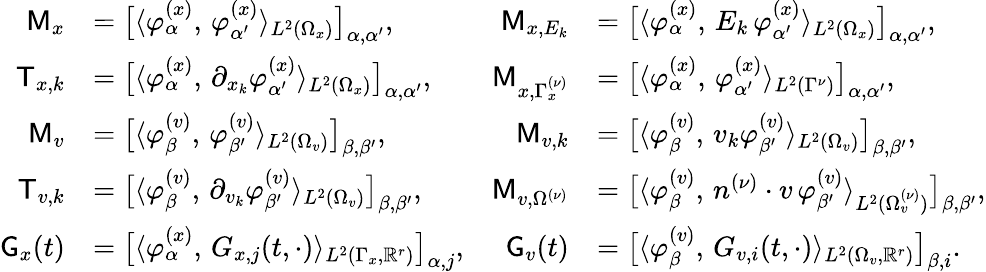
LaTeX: \begin{array}{rlrl}{\mathsf M_{x}}&{=\big[\langle\varphi_{\alpha}^{(x)},\, \varphi_{\alpha^{\prime}}^{(x)}\rangle_{L^{2}(\Omega_{x})}\big]_{\alpha,\alpha^{\prime}},}&{\mathsf M_{x,E_{k}}}&{=\big[\langle\varphi_{\alpha}^{(x)},\, E_{k}\, \varphi_{\alpha^{\prime}}^{(x)}\rangle_{L^{2}(\Omega_{x})}\big]_{\alpha,\alpha^{\prime}},}\\ {\mathsf T_{x,k}}&{=\big[\langle\varphi_{\alpha}^{(x)},\, \partial_{x_{k}}\varphi_{\alpha^{\prime}}^{(x)}\rangle_{L^{2}(\Omega_{x})}\big]_{\alpha,\alpha^{\prime}},}&{\mathsf M_{x,\Gamma_{x}^{(\nu)}}}&{=\big[\langle\varphi_{\alpha}^{(x)},\, \varphi_{\alpha^{\prime}}^{(x)}\rangle_{L^{2}(\Gamma^{\nu})}\big]_{\alpha,\alpha^{\prime}},}\\ {\mathsf M_{v}}&{=\big[\langle\varphi_{\beta}^{(v)},\, \varphi_{\beta^{\prime}}^{(v)}\rangle_{L^{2}(\Omega_{v})}\big]_{\beta,\beta^{\prime}},}&{\mathsf M_{v,k}}&{=\big[\langle\varphi_{\beta}^{(v)},\, v_{k}\varphi_{\beta^{\prime}}^{(v)}\rangle_{L^{2}(\Omega_{v})}\big]_{\beta,\beta^{\prime}},}\\ {\mathsf T_{v,k}}&{=\big[\langle\varphi_{\beta}^{(v)},\, \partial_{v_{k}}\varphi_{\beta^{\prime}}^{(v)}\rangle_{L^{2}(\Omega_{v})}\big]_{\beta,\beta^{\prime}},}&{\mathsf M_{v,\Omega^{(\nu)}}}&{=\big[\langle\varphi_{\beta}^{(v)},\, n^{(\nu)}\cdot v\, \varphi_{\beta^{\prime}}^{(v)}\rangle_{L^{2}(\Omega_{v}^{(\nu)})}\big]_{\beta,\beta^{\prime}},}\\ {\mathsf G_{x}(t)}&{=\big[\langle\varphi_{\alpha}^{(x)},\, G_{x,j}(t,\cdot)\rangle_{L^{2}(\Gamma_{x},\mathbb R^{r})}\big]_{\alpha,j},}&{\mathsf G_{v}(t)}&{=\big[\langle\varphi_{\beta}^{(v)},\, G_{v,i}(t,\cdot)\rangle_{L^{2}(\Omega_{v},\mathbb R^{r})}\big]_{\beta,i}.}\end{array}